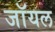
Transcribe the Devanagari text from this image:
जाॅयल